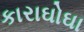
કારાઘોઘા